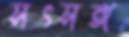
সৎসঙ্গ